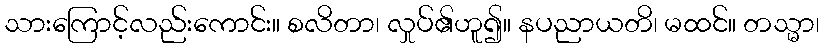
သားကြောင့်လည်းကောင်း။ စလိတာ၊ လှုပ်၏ဟူ၍။ နပညာယတိ၊ မထင်။ တသ္မာ၊